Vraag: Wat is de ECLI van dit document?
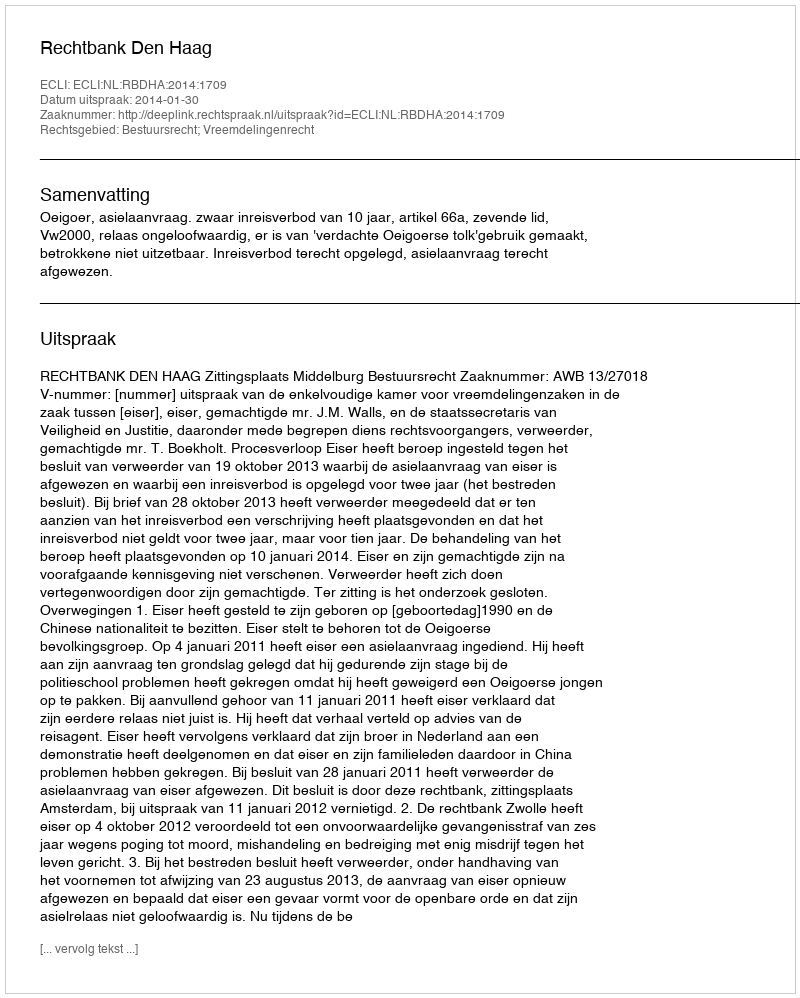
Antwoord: ECLI:NL:RBDHA:2014:1709